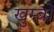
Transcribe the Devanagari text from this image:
खुम्बों